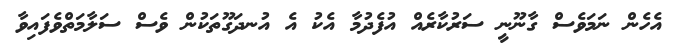
އެހެން ނަމަވެސް ގާނޫނީ ސަރުކާރެއް އުފެދުމާ އެކު އެ އުނދަގޫތަކުން ވެސް ސަލާމަތްވެފައިވާ